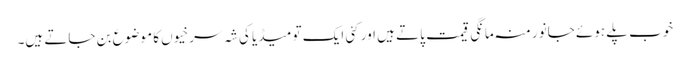
خوب پلے ہوئے جانور منہ مانگی قیمت پاتے ہیں اور کئی ایک تو میڈیا کی شہ سرخیوں کا موضوع بن جاتے ہیں۔